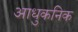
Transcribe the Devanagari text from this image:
आधुकनिक